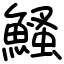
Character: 鰠